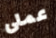
عملى